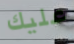
عليك